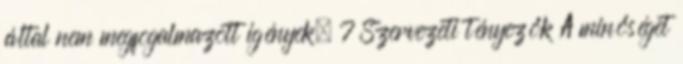
által nem megfogalmazott igények. 7 Szervezeti tényezők A minőséget